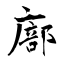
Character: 廍